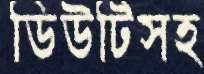
ডিউটিসহ